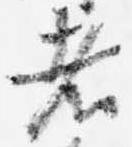
者